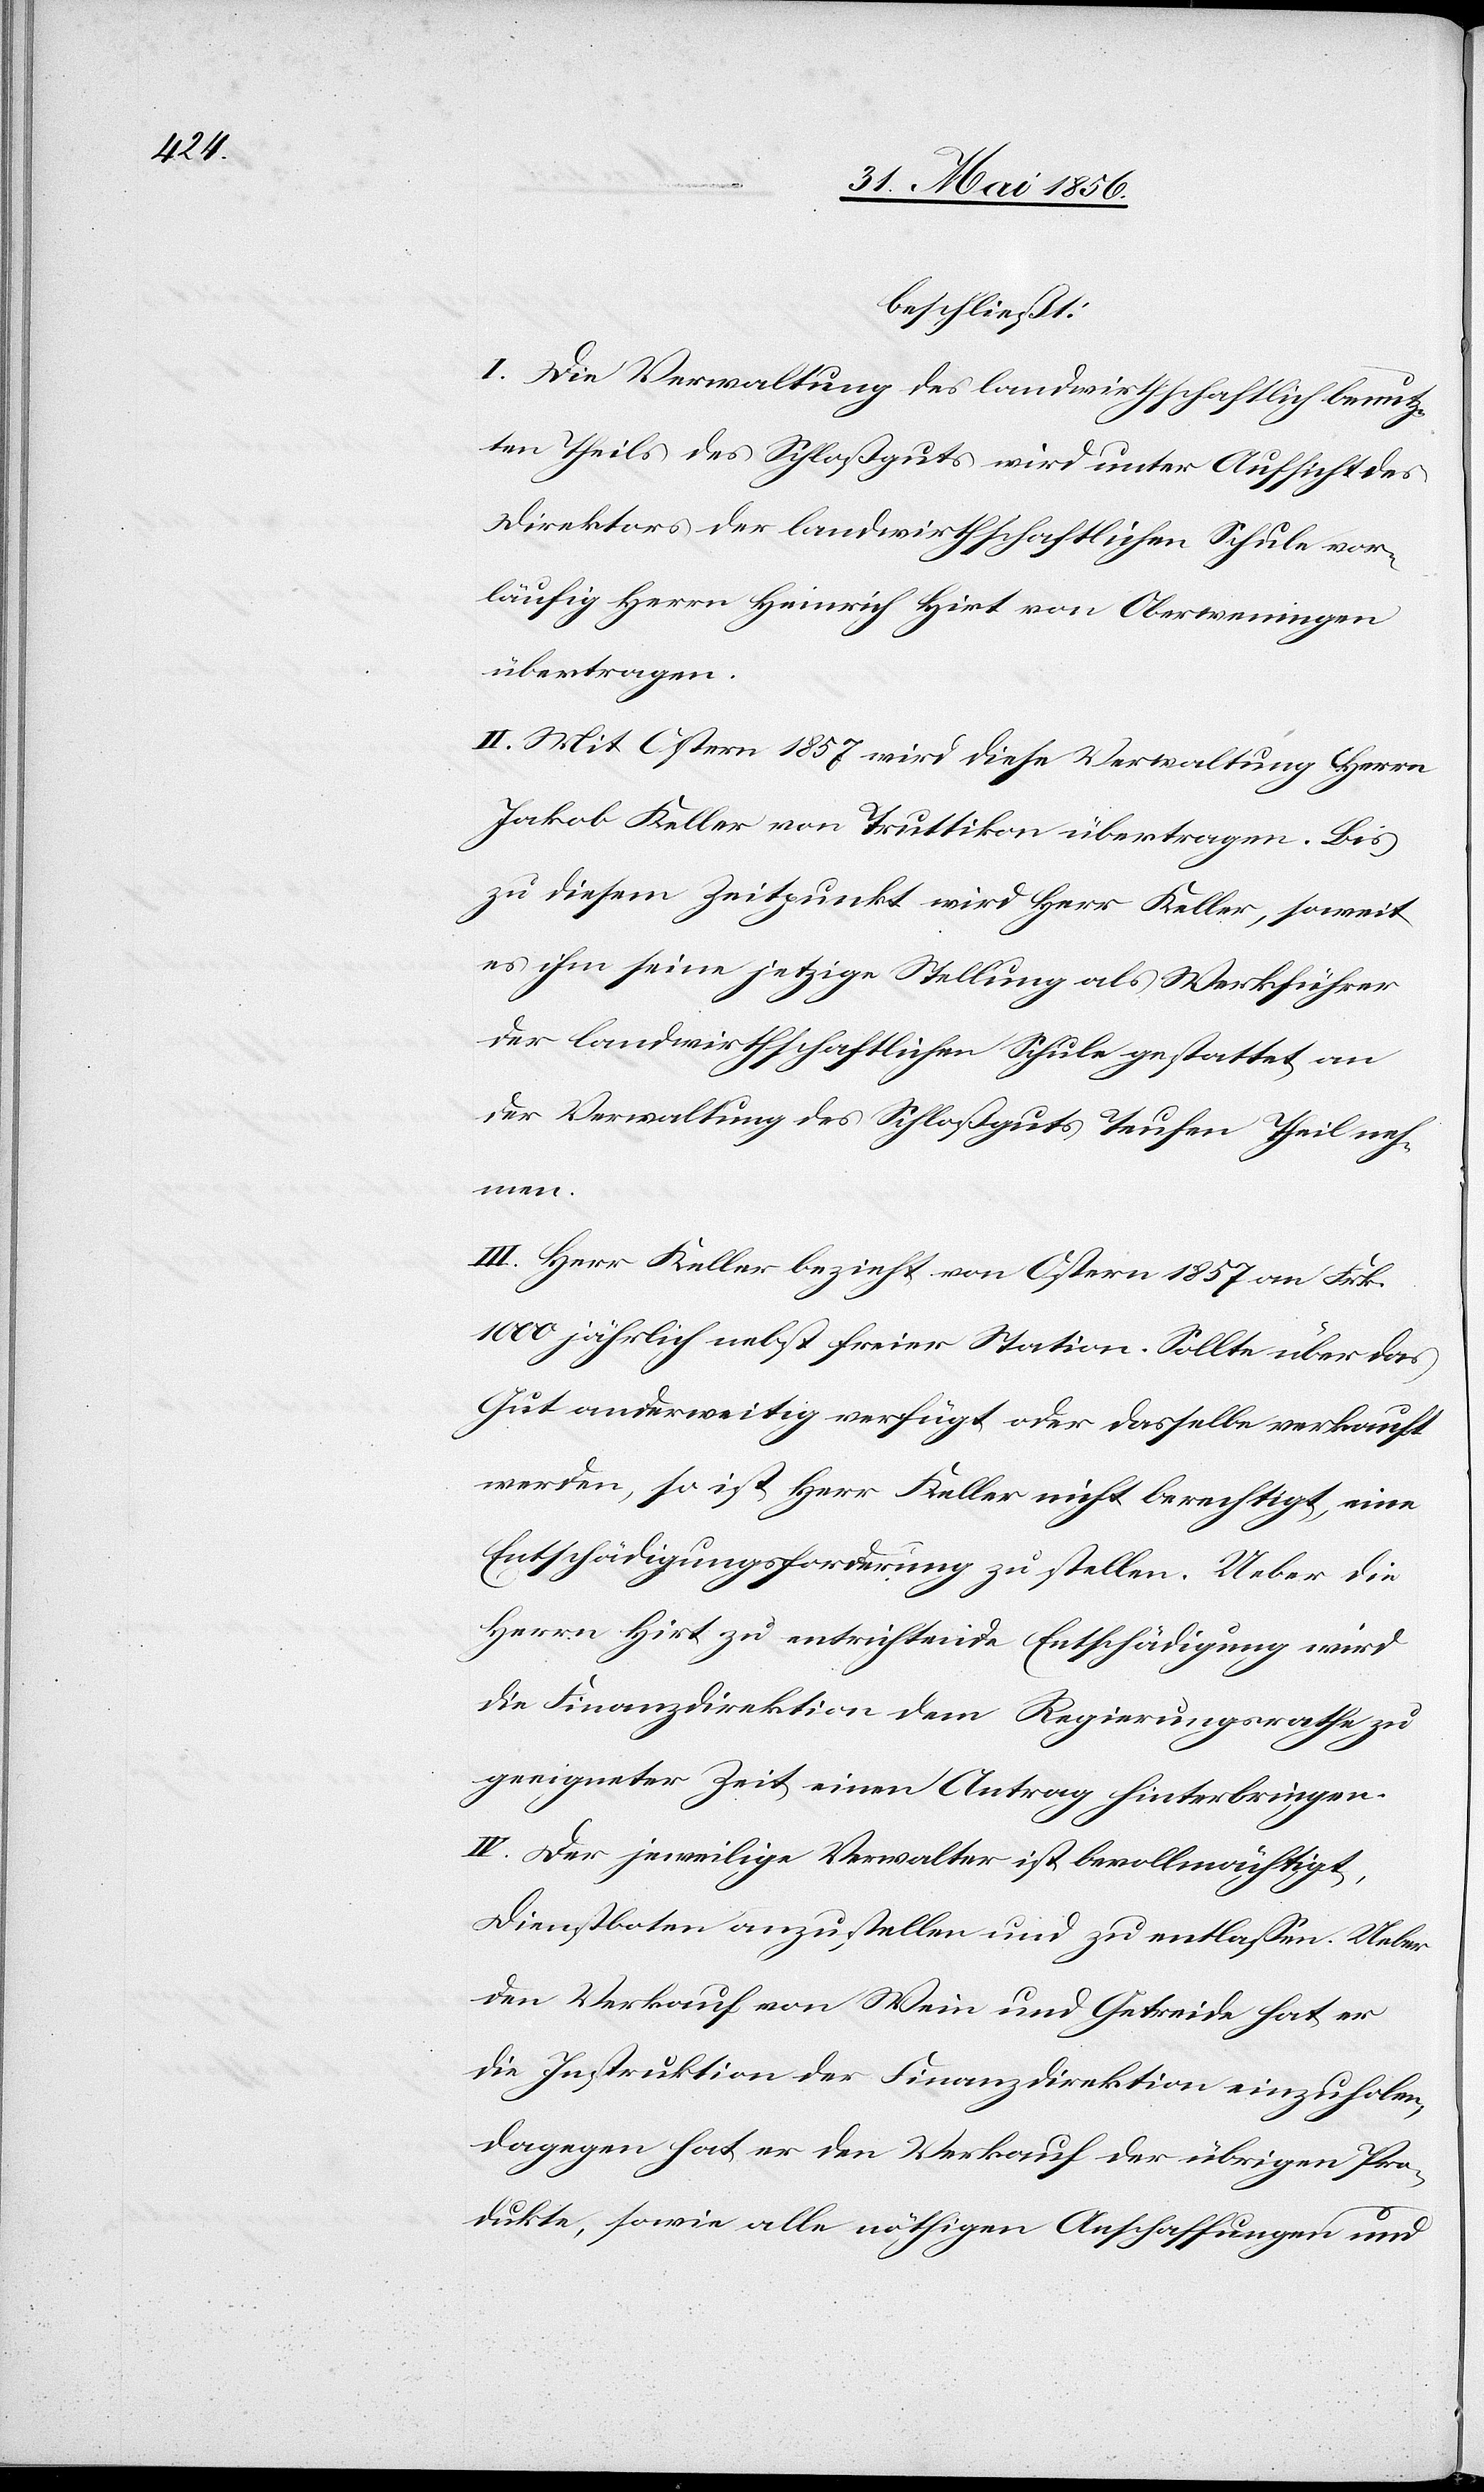
beschließt:
I. Die Verwaltung des landwirthschaftlich benutz¬
ten Theils des Schloßguts wird unter Aufsicht des
Direktors der landwirthschaftlichen Schule vor¬
läufig Herrn Heinrich Hirt von Oberweningen
übertragen:
II. Mit Ostern 1857 wird diese Verwaltung Herrn
Jakob Keller von Truttikon übertragen. Bis
zu diesem Zeitpunkt wird Herr Keller, soweit
es ihm seine jetzige Stellung als Werkführer
der landwirthschaftlichen Schule gestattet an
der Verwaltung des Schloßguts Teufen Theil neh¬
men.
III. Herr Keller bezieht von Ostern 1857 an Frk.
1000 jährlich nebst freier Station. Sollte über das
Gut anderweitig verfügt oder dasselbe verkauft
werden, so ist Herr Keller nicht berechtigt, eine
Entschädigungsforderung zu stellen. Ueber die
Herrn Hirt zu entrichtende Entschädigung wird
die Finanzdirektion dem Regierungsrathe zu
geeigneter Zeit einen Antrag hinterbringen.
IV. Der jeweilige Verwalter ist bevollmächtigt,
Dienstboten anzustellen und zu entlassen. Ueber
den Verkauf von Wein und Getreide hat er
die Instruktion der Finanzdirektion einzuholen,
dagegen hat er den Verkauf der übrigen Pro¬
dukte, sowie alle nöthigen Anschaffungen und